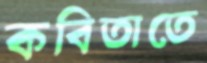
কবিতাতে